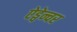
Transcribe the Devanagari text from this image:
ऐड्वेन्चर